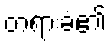
တရားခံ၏